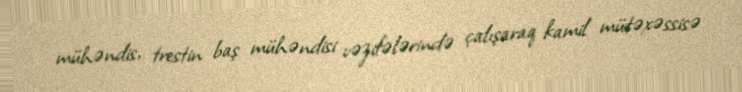
mühəndis, trestin baş mühəndisi vəzifələrində çalışaraq kamil mütəxəssisə